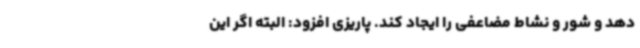
دهد و شور و نشاط مضاعفی را ایجاد کند. پاریزی افزود: البته اگر این